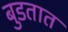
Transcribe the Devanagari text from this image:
बुडतात